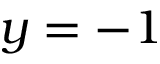
y = - 1